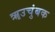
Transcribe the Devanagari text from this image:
ॠउचुंबक